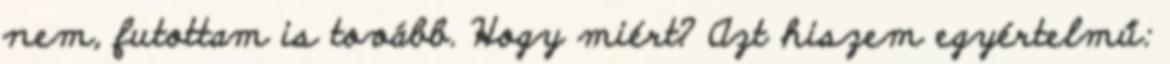
nem, futottam is tovább. Hogy miért? Azt hiszem egyértelmű: